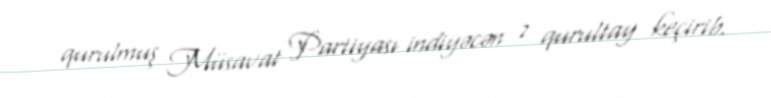
qurulmuş Müsavat Partiyası indiyəcən 7 qurultay keçirib.